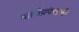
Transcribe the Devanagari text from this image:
कार्यप्रपंचाची